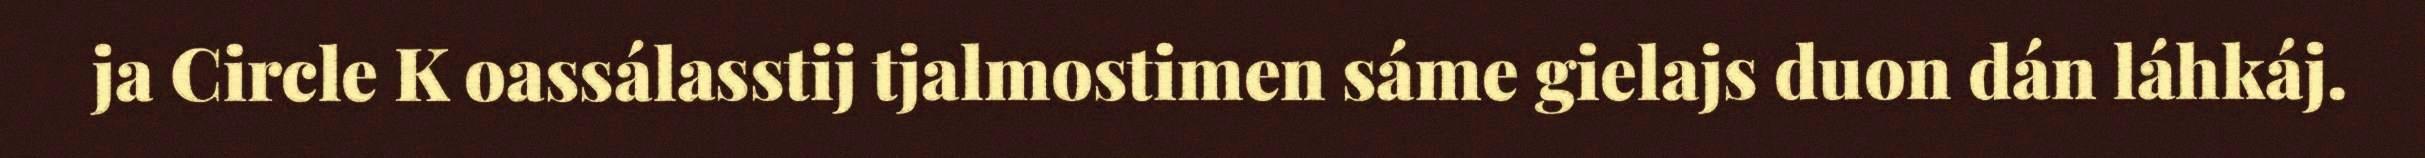
ja Circle K oassálasstij tjalmostimen sáme gielajs duon dán láhkáj.